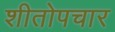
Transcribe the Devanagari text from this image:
शीतोपचार